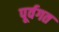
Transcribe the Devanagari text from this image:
पूर्वगत